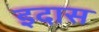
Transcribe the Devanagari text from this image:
इदास